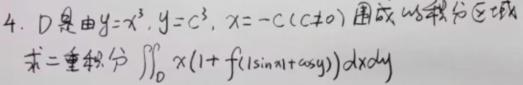
4. $D$ 是由 $y = x^{3}$, $y = c^{3}$, $x = -c$ ($c \neq 0$) 围成的积分区域，求二重积分 $\iint_{D} x(1 + f(|\sin x| + \cos y)) \mathrm{d}x\mathrm{d}y$